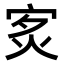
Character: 𤇵